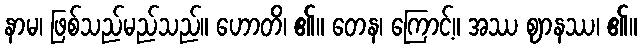
နာမ၊ ဖြစ်သည်မည်သည်။ ဟောတိ၊ ၏။ တေန၊ ကြောင့်။ အဿ ဈာနဿ၊ ၏။